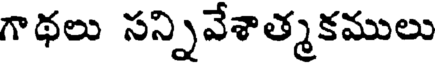
గాథలు సన్నివేశాత్మకములు